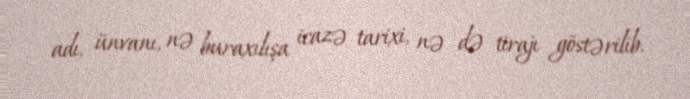
adı, ünvanı, nə buraxılışa icazə tarixi, nə də tirajı göstərilib.